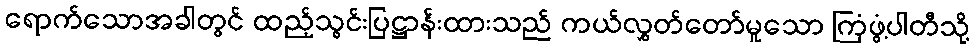
ရောက်သောအခါတွင် ထည့်သွင်းပြဋ္ဌာန်းထားသည် ကယ်လွှတ်တော်မူသော ကြံ့ဖွံ့ပါတီသို့